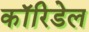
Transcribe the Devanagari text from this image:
कॉरिडेल